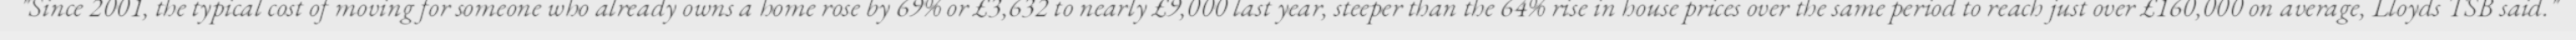
"Since 2001, the typical cost of moving for someone who already owns a home rose by 69% or £3,632 to nearly £9,000 last year, steeper than the 64% rise in house prices over the same period to reach just over £160,000 on average, Lloyds TSB said."